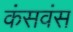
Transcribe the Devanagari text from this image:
कंसवंस